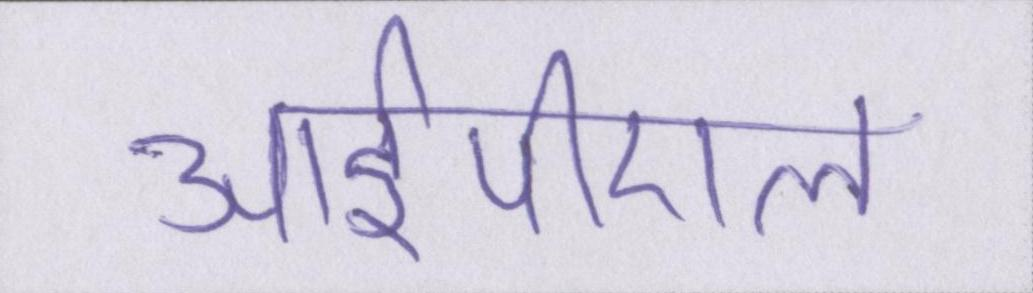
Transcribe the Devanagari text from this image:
आईपीएल